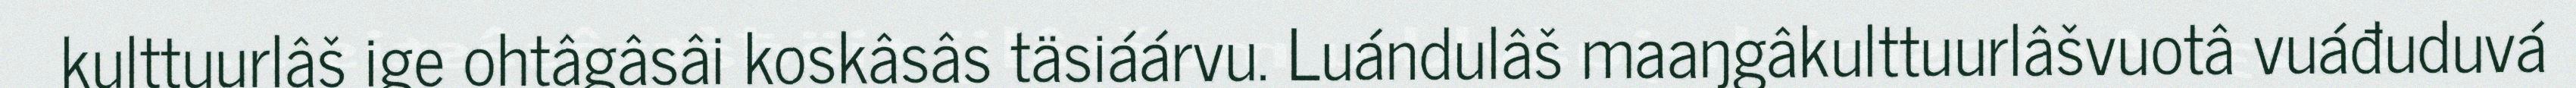
kulttuurlâš ige ohtâgâsâi koskâsâs täsiáárvu. Luándulâš maaŋgâkulttuurlâšvuotâ vuáđuduvá